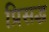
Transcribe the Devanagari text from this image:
प्रिसद्ध